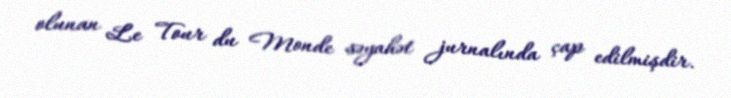
olunan Le Tour du Monde səyahət jurnalında çap edilmişdir.